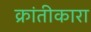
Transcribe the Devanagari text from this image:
क्रांतीकारा